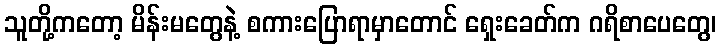
သူတို့ကတော့ မိန်းမတွေနဲ့ စကားပြောရာမှာတောင် ရှေးခေတ်က ဂရိစာပေတွေ၊